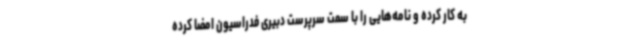
به کار کرده و نامه‌هایی را با سمت سرپرست دبیری فدراسیون امضا کرده